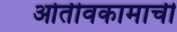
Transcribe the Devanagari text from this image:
ओतीवकामाची